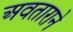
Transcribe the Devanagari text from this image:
अवताराने